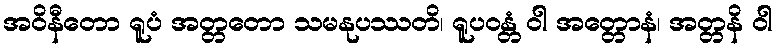
အဝိနီတော ရူပံ အတ္တတော သမနုပဿတိ၊ ရူပဝန္တံ ဝါ အတ္တောနံ၊ အတ္တနိ ဝါ